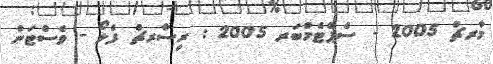
މާރޗް 2005 - ސެޕްޓެމްބަރ 2005 : ރިސާރޗް ފެލޯ - ވެސްޓަން